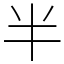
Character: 半